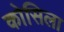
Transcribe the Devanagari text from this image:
कोसिला